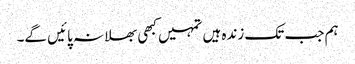
ہم جب تک زندہ ہیں تمہیں کبھی بھلا نہ پائیں گے۔